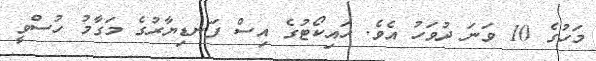
މަހުގެ 10 ވަނަ ދުވަހު އެވެ. ހައިކޯޓުގެ އިސް ފަނޑިޔާރުގެ މަގާމު ހުސްވީ